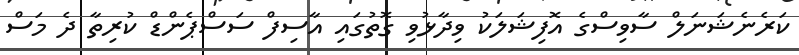
ކަރެނެޝަނަލް ސާވިސްގެ އޮފިޝަލަކު ވިދާޅުވި ގޮތުގައި އާސިފް ސަސްޕެންޑް ކުރިތާ ދެ މަސް